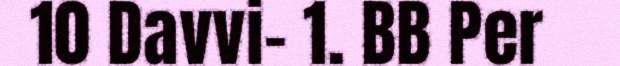
10 Davvi- 1. BB Per